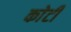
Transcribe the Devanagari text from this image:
काेटी